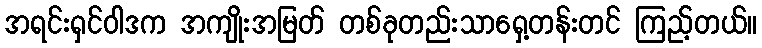
အရင်းရှင်ဝါဒက အကျိုးအမြတ် တစ်ခုတည်းသာရှေ့တန်းတင် ကြည့်တယ်။